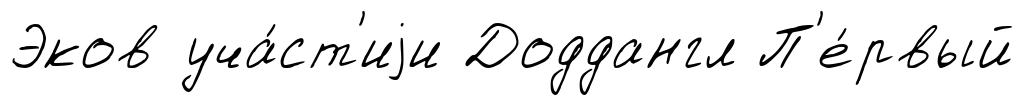
Эков уча́ст'иjи Доддангл П'е́рвый